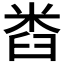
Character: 𱼯